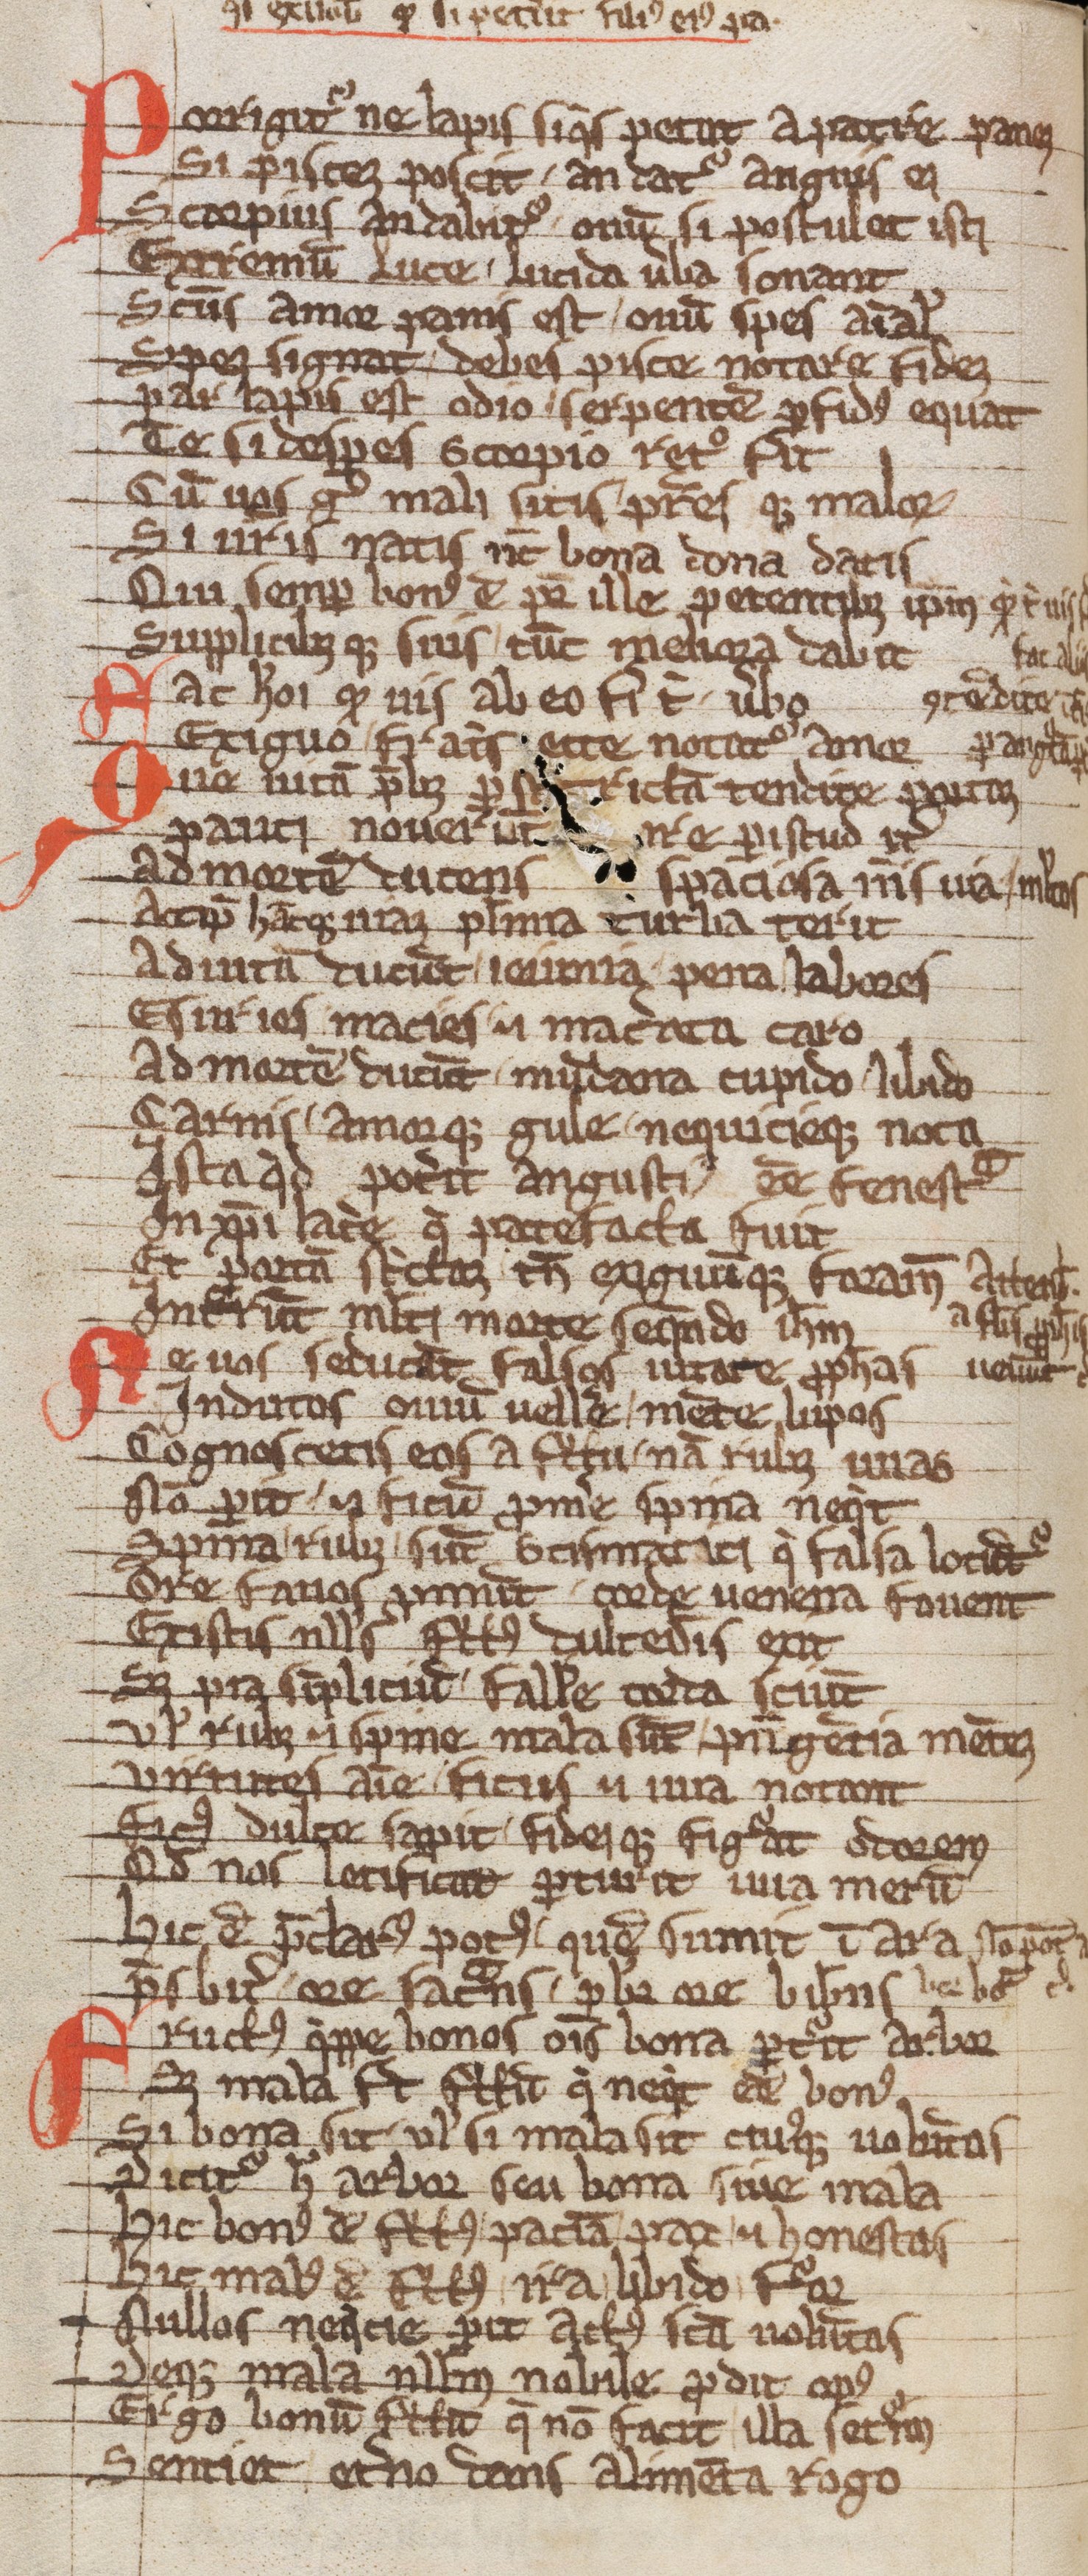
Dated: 1203–1203